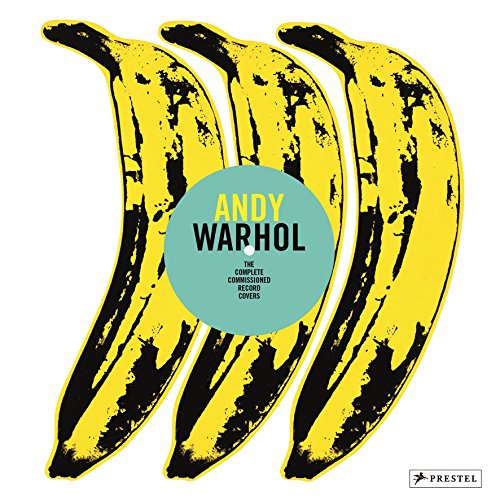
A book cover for Andy Warhol: The Complete Commissioned Record Covers; Paul Marechal; Arts & Photography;